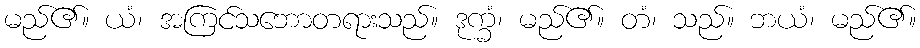
မည်၏။ ယံ၊ အကြင်သဘောတရားသည်။ ဒုက္ခံ၊ မည်၏။ တံ၊ သည်။ ဘယံ၊ မည်၏။